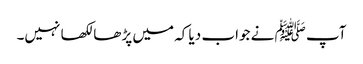
آپ ﷺ نے جواب دیا کہ میں پڑھا لکھا نہیں۔